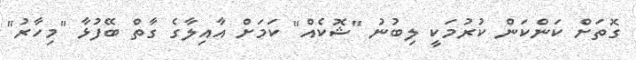
ގޮތަށް ކަންކަން ކުރުމަކީ ލިބުނު "ޝޮކެއް" ކަމަށް އާއިލާގެ ގާތް ބޭފުޅާ "މިހާރު"